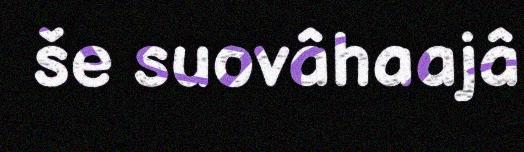
še suovâhaajâ